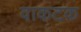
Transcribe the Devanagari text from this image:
वाकटक